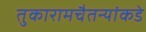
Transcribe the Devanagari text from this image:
तुकारामचैतन्यांकडे